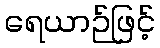
ရေယာဉ်ဖြင့်